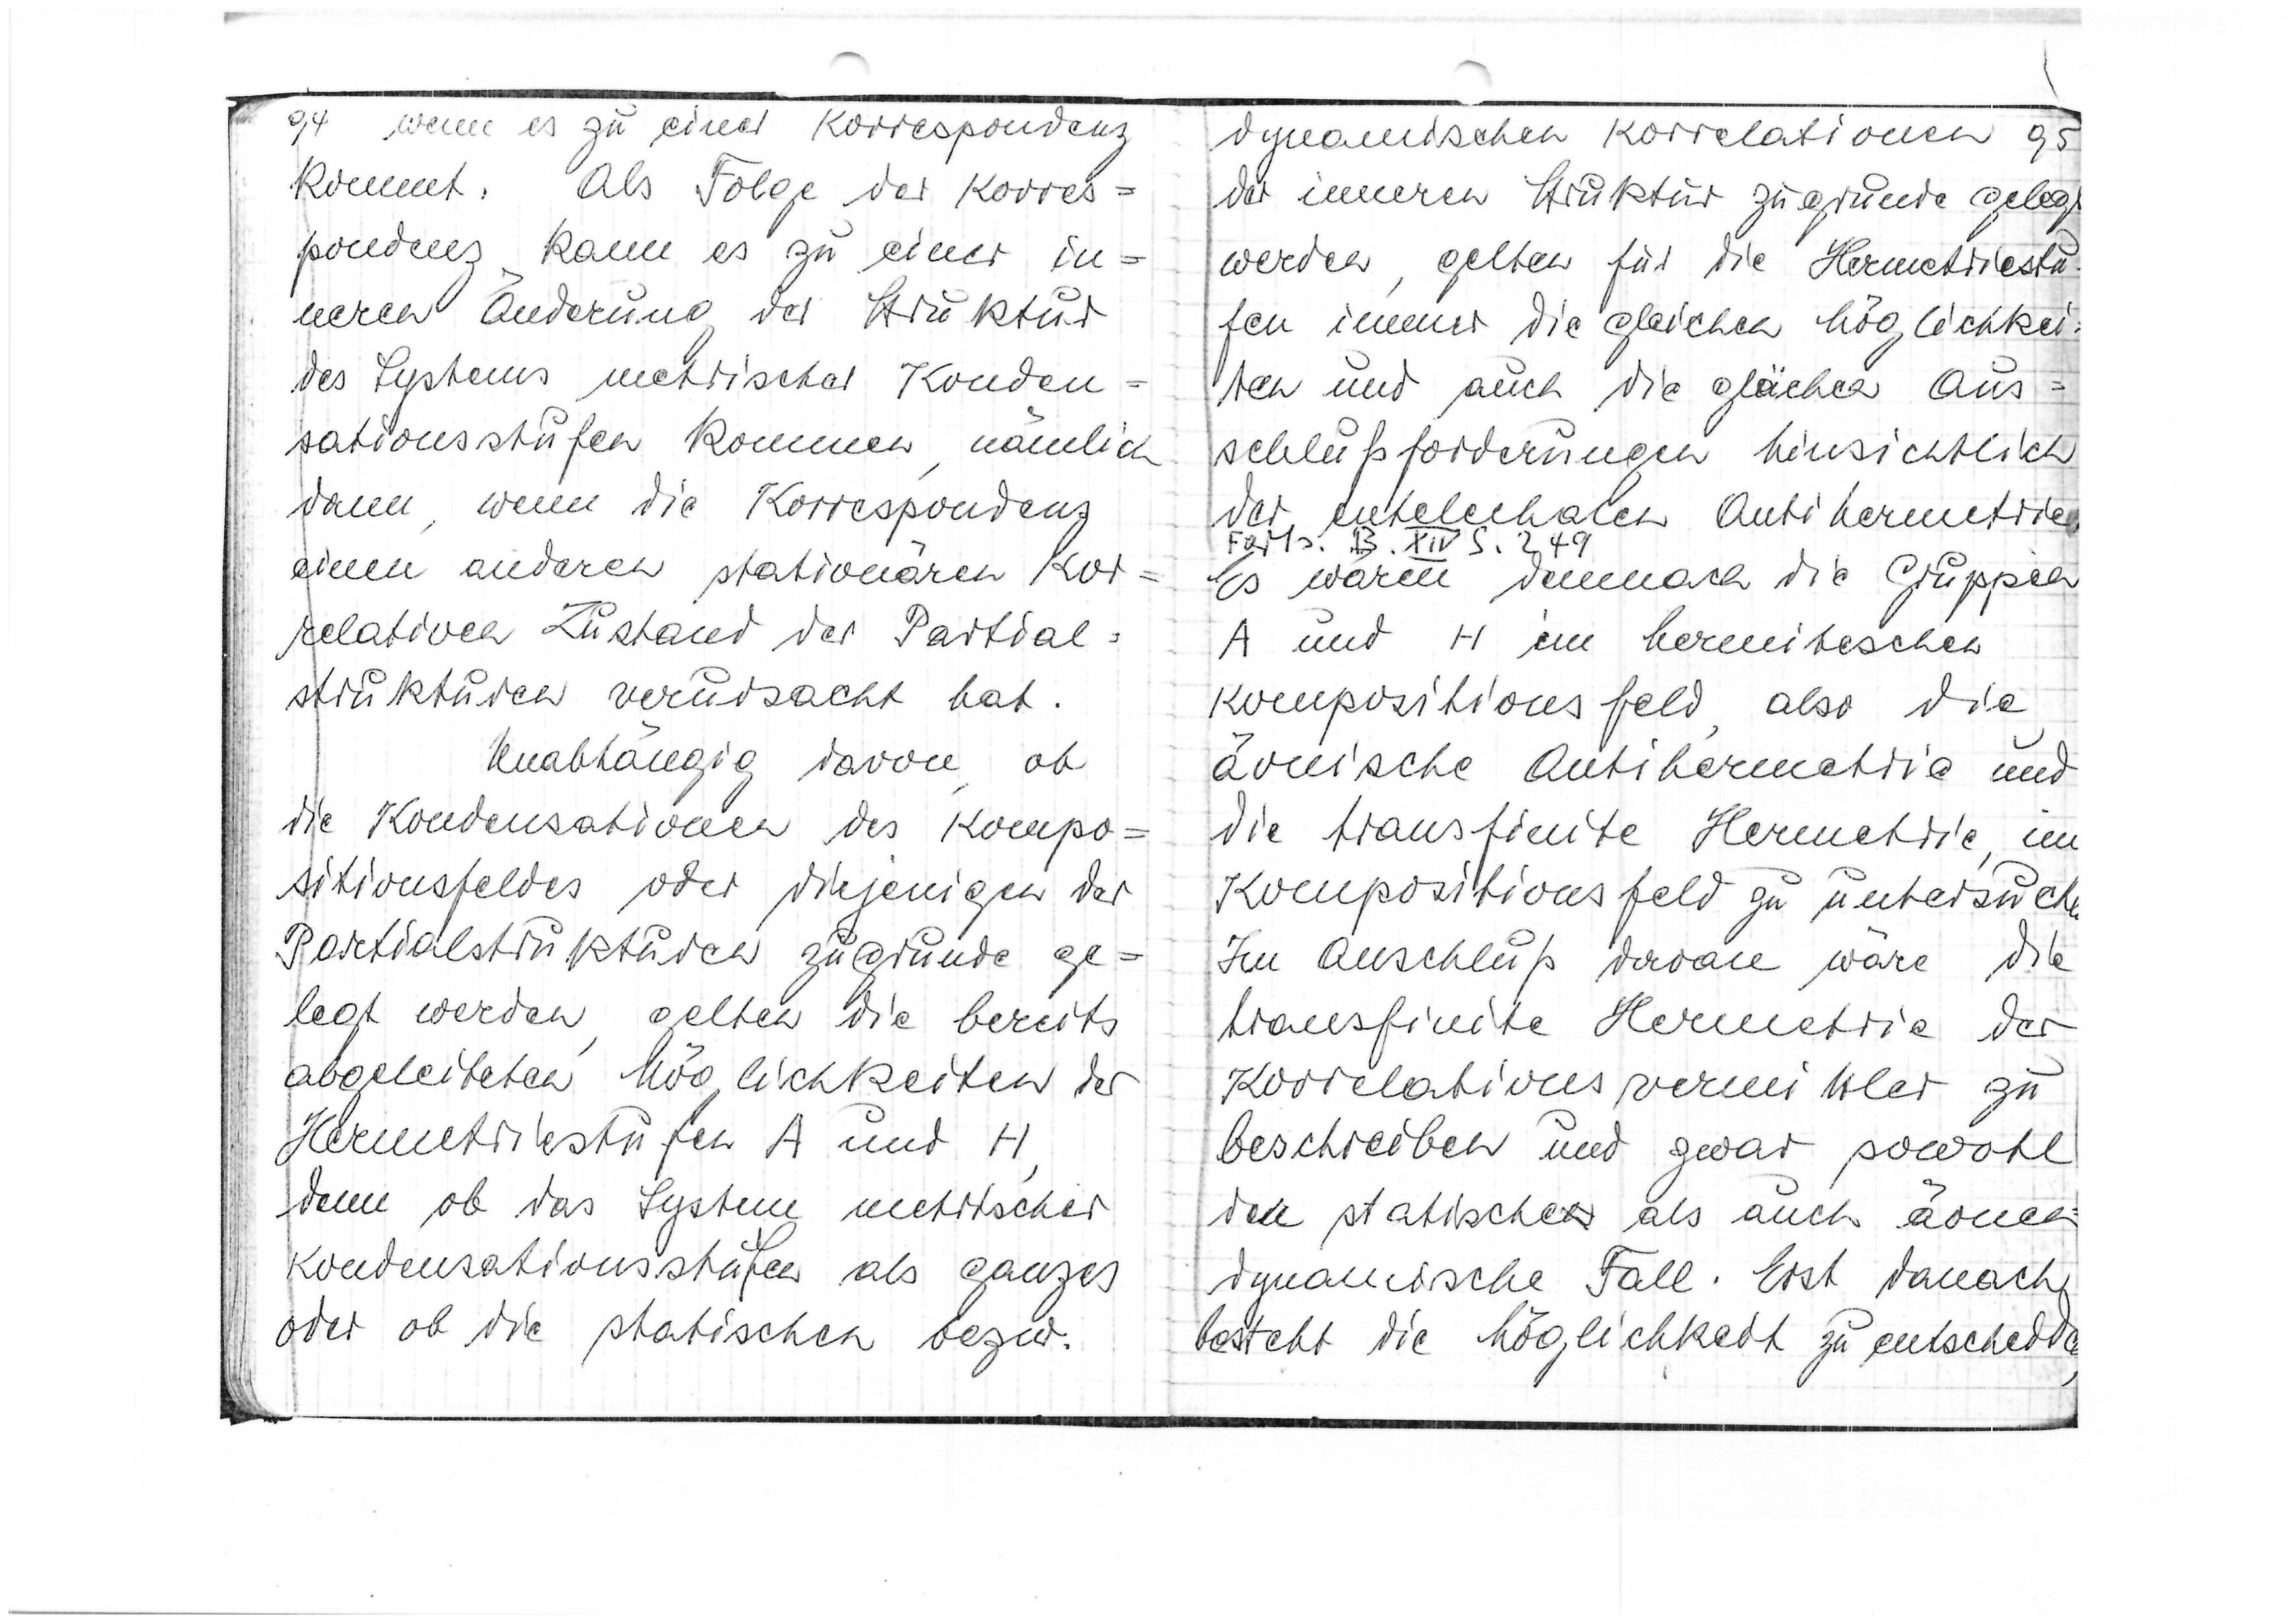
94
wenn es zu einer Korrespondenz
kommt. Als Folge der Korres=
pondenz kann es zu einer in=
neren Änderung der Struktur
des Systems metrischer Konden=
sationsstufen kommen, nämlich
dann, wenn die Korrespondenz
einen anderen stationären Kor=
relativen Zustand der Partial=
strukturen verursacht hat.
Unabhängig davon, ob
die Kondensationen des Kompo=
sitionsfeldes oder diejenigen der
Partialstrukturen zugrunde ge=
legt werden, gelten die bereits
abgeleiteten Möglichkeiten der
Hermetriestufen A und H,
denn ob das System metrischer
Kondensationsstufen als Ganzes
oder ob die statischen bzw.

95
dynamischen Korrelationen
der inneren Struktur zugrunde gelegt
werden, gelten für die Hermetriestu=
fen immer die gleichen Möglichkei=
ten und auch die gleichen Aus=
schlußforderungen hinsichtlich
der entelechialen Antihermetrie
Forts. B. XIV S. 249
Es waren demnach die Gruppen
A und H im hermitischen
Kompositionsfeld, also die
äonische Antihermetrie und
die transfinite Hermetrie, im
Kompositionsfeld zu untersuchen
Im Anschluß daran wäre die
transfinite Hermetrie der
Korrelationsvermittler zu
beschreiben und zwar sowohl
der statische als auch äonen
dynamische Fall. Erst danach
besteht die Möglichkeit zu entscheiden